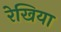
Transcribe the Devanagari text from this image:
रेखिया